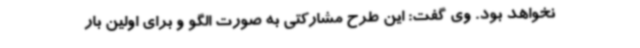
نخواهد بود. وی گفت: این طرح مشارکتی به صورت الگو و برای اولین بار